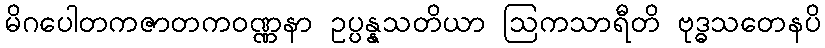
မိဂပေါတကဇာတကဝဏ္ဏနာ ဥပ္ပန္နသတိယာ ဩကသာရီတိ ဗုဒ္ဓသတေနပိ